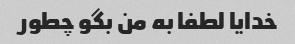
خدایا لطفا به من بگو چطور